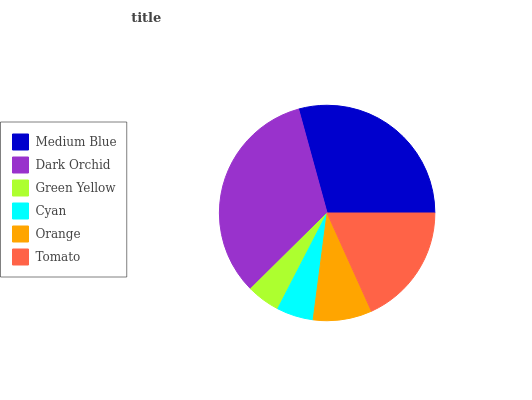
| Medium Blue | Dark Orchid | Green Yellow | Cyan | Orange | Tomato |
 | --- | --- | --- | --- | --- | --- |
 | 29.3% | 33.1% | 5.01% | 5.52% | 8.81% | 18.3% |